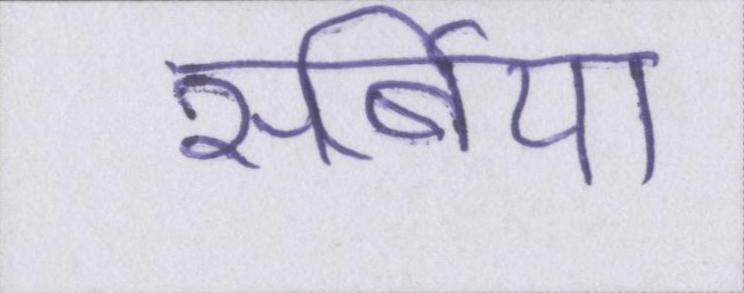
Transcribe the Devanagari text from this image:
सर्बिया